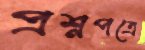
প্রশ্নপত্রে